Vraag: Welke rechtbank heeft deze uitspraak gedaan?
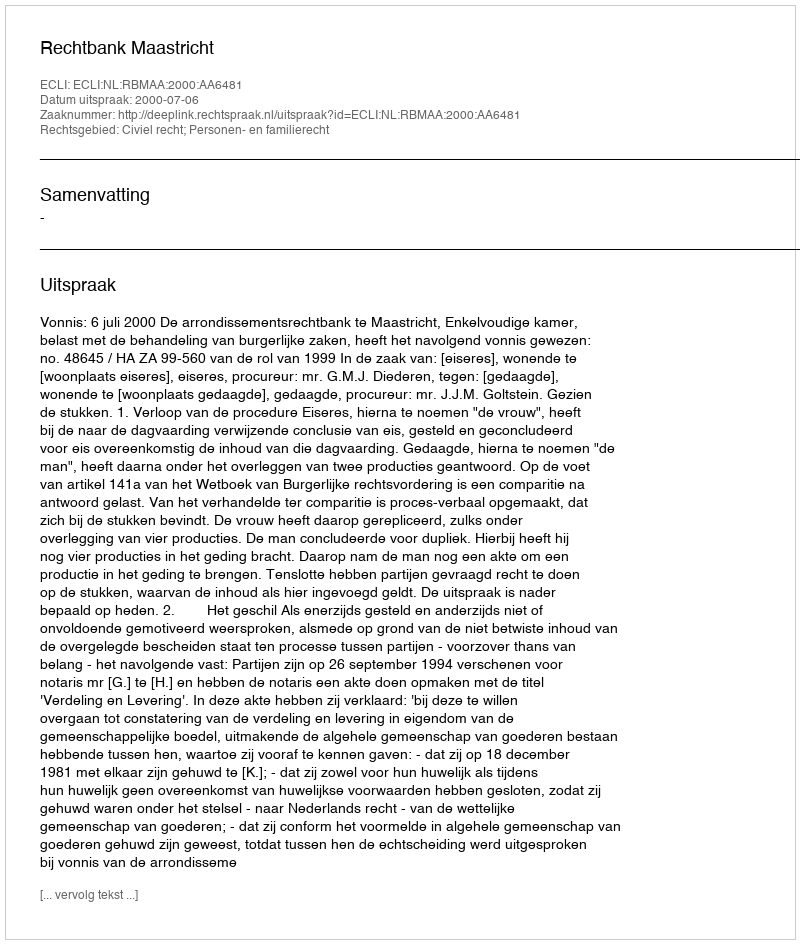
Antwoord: Rechtbank Maastricht